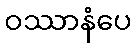
ဝဿာနံပေ